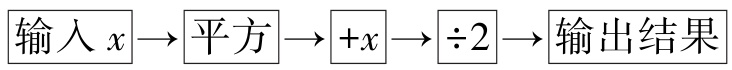
$输入x\rightarrow 平方\rightarrow +x\rightarrow \div 2\rightarrow 输出结果$